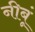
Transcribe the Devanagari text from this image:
नीबूं